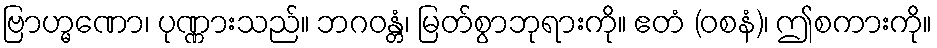
ဗြာဟ္မဏော၊ ပုဏ္ဏားသည်။ ဘဂဝန္တံ၊ မြတ်စွာဘုရားကို။ ဧတံ (ဝစနံ)၊ ဤစကားကို။